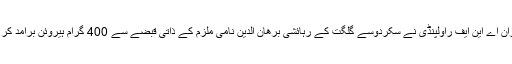
ساتویں کاروائی کے دوران اے این ایف راولپنڈی نے سکردوسے گلگت کے رہائشی برھان الدین نامی ملزم کے ذاتی قبضے سے 400 گرام ہیروئن برآمد کر کے اسے گرفتار کر لیا۔